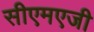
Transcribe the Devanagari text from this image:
सीएमएजी